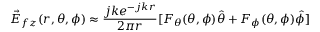
\vec { E } _ { f z } ( r , \theta , \phi ) \approx \frac { j k e ^ { - j k r } } { 2 \pi r } [ F _ { \theta } ( \theta , \phi ) \hat { \theta } + F _ { \phi } ( \theta , \phi ) \hat { \phi } ]